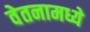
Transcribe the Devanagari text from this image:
वेतनामध्ये